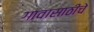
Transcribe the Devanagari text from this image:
गावासाठीचे